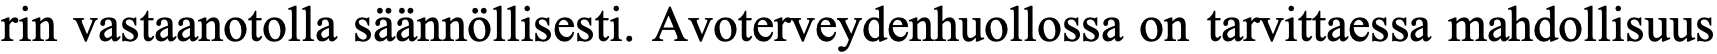
rin vastaanotolla säännöllisesti. Avoterveydenhuollossa on tarvittaessa mahdollisuus